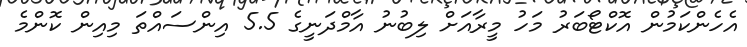
އެހެންކަމުން އޮކްޓޯބަރު މަހު މީރާއަށް ލިބުނު އާމްދަނީގެ 5.5 އިންސައްތަ މިއިން ކޮންމެ